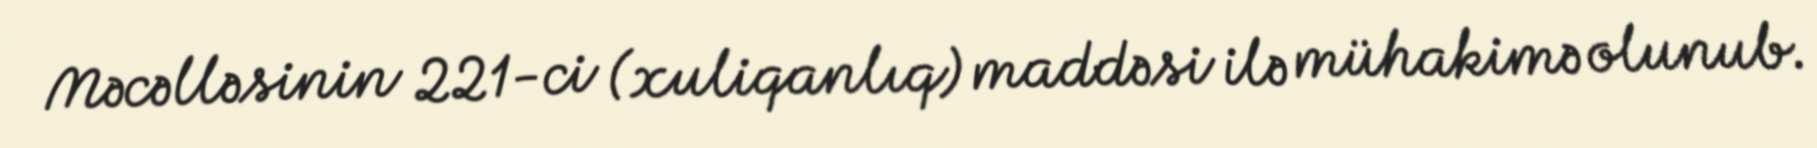
Məcəlləsinin 221-ci (xuliqanlıq) maddəsi ilə mühakimə olunub.